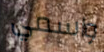
واسمي